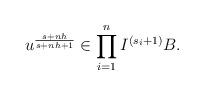
LaTeX: \begin{align*} u^{\frac{s+nh}{s+nh+1}} \in \prod_{i=1}^n I^{(s_i+1)}B. \end{align*}